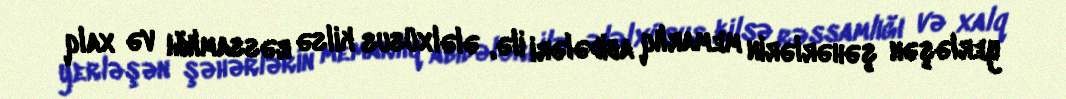
yerləşən şəhərlərin memarlıq abidələri ilə, ələlxüsus kilsə rəssamlığı və xalq